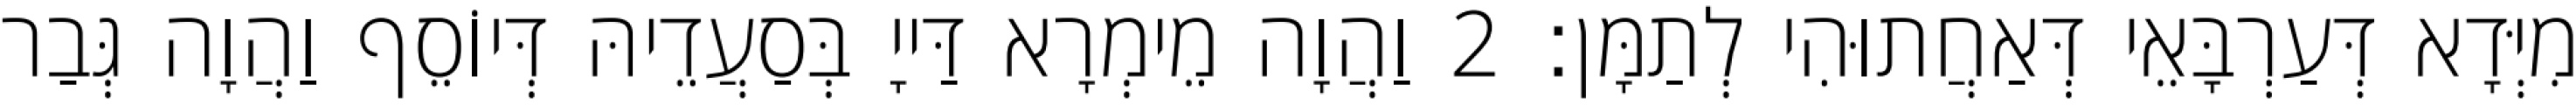
מִיְּדָא דְּעַרְבָּאֵי דְּאַחֲתוּהִי לְתַמָּן׃ 2 וַהֲוָה מֵימְרָא דַּייָ בְּסַעֲדֵיהּ דְּיוֹסֵף וַהֲוָה גְּבַר